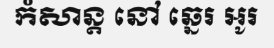
កំសាន្ត នៅ ឆ្នេរ អូរ